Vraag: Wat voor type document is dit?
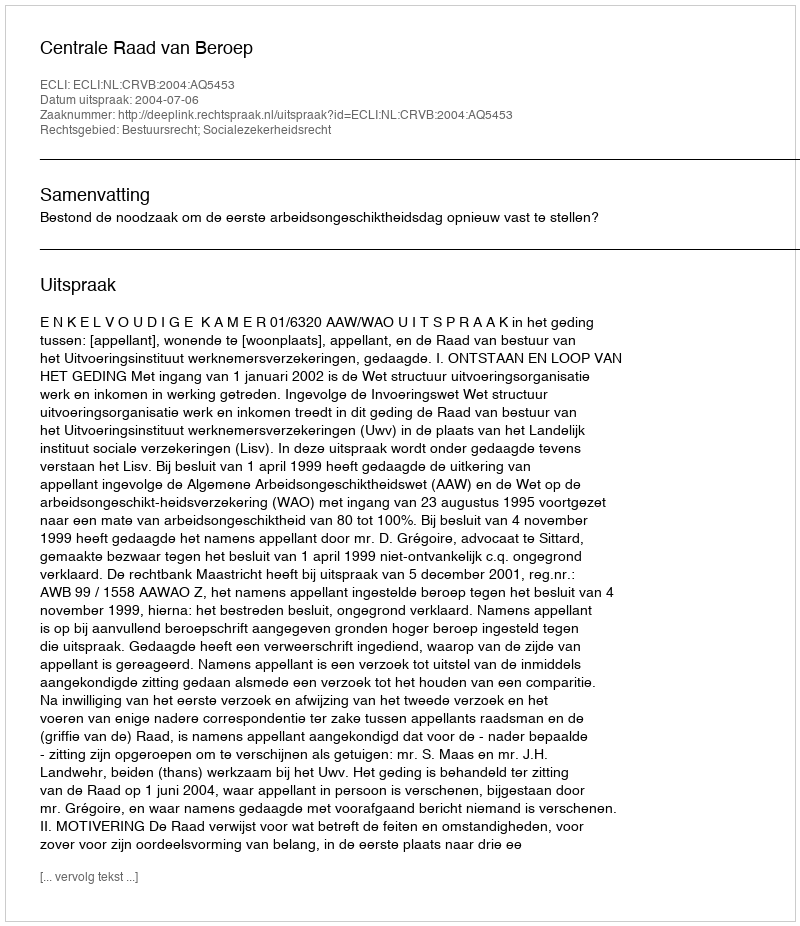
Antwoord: Uitspraak